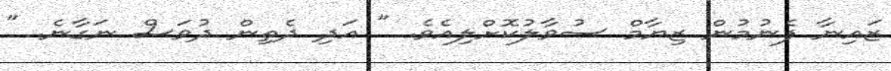
ޒައިނާ ފެނުމުން ޒިޔާމް ސުވާލުކޮށްލިއެވެ. " އަދި ދެތިން ދުވަސް ނަގާނެ. "